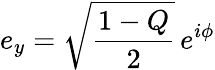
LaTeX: e_{y}={\sqrt{\frac{1-Q}{2}}}\, e^{i\phi}